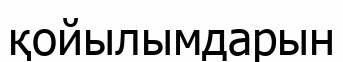
қойылымдарын